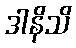
ဒါနိသိ